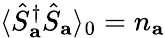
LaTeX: \langle\hat{S}_{\mathbf{a}}^{\dagger}\hat{S}_{\mathbf{a}}\rangle_{0}=n_{\mathbf{a}}